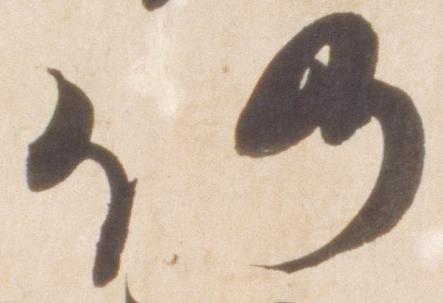
仍